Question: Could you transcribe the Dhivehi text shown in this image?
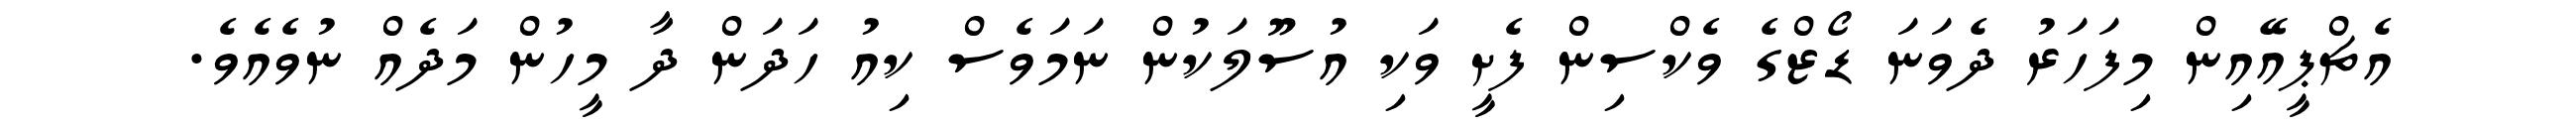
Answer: އެޗްޕީއޭއިން މިފަހަރު ދެވަނަ ޑޯޒްގެ ވެކްސިން ފެށީ ވަކި އުސޫލަކުން ނަމަވެސް ކިއު ހަދަން ދާ މީހުން މަދެއް ނުވެއެވެ.